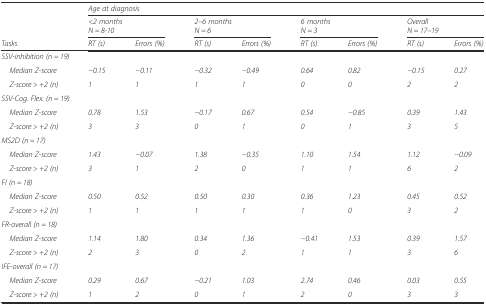
|  | <COLSPAN=8> Age at diagnosis |
 |  | <COLSPAN=2> <2 monthsN = 8-10 | <COLSPAN=2> 2–6 monthsN = 6 | <COLSPAN=2> 6 monthsN = 3 | <COLSPAN=2> OverallN = 17–19 |
 | Tasks | RT (s) | Errors (%) | RT (s) | Errors (%) | RT (s) | Errors (%) | RT (s) | Errors (%) |
 | --- | --- | --- | --- | --- | --- | --- | --- | --- |
 | <COLSPAN=9> SSV-inhibition (n = 19) |
 | Median Z-score | −0.15 | −0.11 | −0.32 | −0.49 | 0.64 | 0.82 | −0.15 | 0.27 |
 | Z-score > +2 (n) | 1 | 1 | 1 | 1 | 0 | 0 | 2 | 2 |
 | <COLSPAN=9> SSV-Cog. Flex. (n = 19) |
 | Median Z-score | 0.78 | 1.53 | −0.17 | 0.67 | 0.54 | −0.85 | 0.39 | 1.43 |
 | Z-score > +2 (n) | 3 | 3 | 0 | 1 | 0 | 1 | 3 | 5 |
 | <COLSPAN=9> MS2D (n = 17) |
 | Median Z-score | 1.43 | −0.07 | 1.38 | −0.35 | 1.10 | 1.54 | 1.12 | −0.09 |
 | Z-score > +2 (n) | 3 | 1 | 2 | 0 | 1 | 1 | 6 | 2 |
 | <COLSPAN=9> FI (n = 18) |
 | Median Z-score | 0.50 | 0.52 | 0.50 | 0.30 | 0.36 | 1.23 | 0.45 | 0.52 |
 | Z-score > +2 (n) | 1 | 1 | 1 | 1 | 1 | 0 | 3 | 2 |
 | <COLSPAN=9> FR-overall (n = 18) |
 | Median Z-score | 1.14 | 1.80 | 0.34 | 1.36 | −0.41 | 1.53 | 0.39 | 1.57 |
 | Z-score > +2 (n) | 2 | 3 | 0 | 2 | 1 | 1 | 3 | 6 |
 | <COLSPAN=9> IFE-overall (n = 17) |
 | Median Z-score | 0.29 | 0.67 | −0.21 | 1.03 | 2.74 | 0.46 | 0.03 | 0.55 |
 | Z-score > +2 (n) | 1 | 2 | 0 | 1 | 2 | 0 | 3 | 3 |